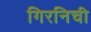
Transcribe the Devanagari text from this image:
गिरनिची